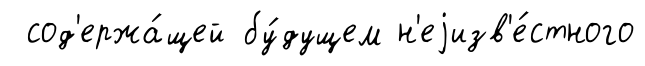
сод'ержа́щей бу́дущем н'еjизв'е́стного